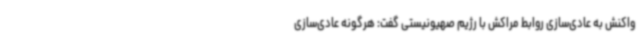
واکنش به عادی‌سازی روابط مراکش با رژیم صهیونیستی گفت: هرگونه عادی‌سازی